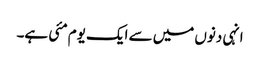
انہی دنوں میں سے ایک یوم مئی ہے۔